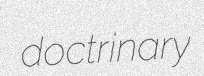
doctrinary